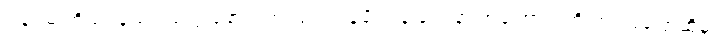
ဒါပေမဲ့ ကိုယ်ဝန်သည်တွေ ခံစားရတဲ့ ပြင်းထန်ပျို့အန် ဝေဒနာ အကြောင်းကို တင်ပြပြောဆိုမှု